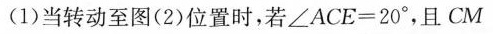
(1)当转动至图(2)位置时，若$$∠ A C E = 2 0 °$$，且CM